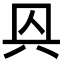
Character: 㒷